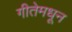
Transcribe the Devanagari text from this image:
गीतेमधून